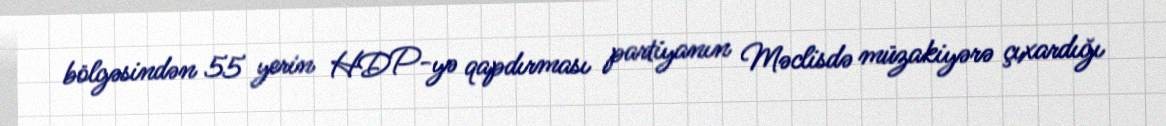
bölgəsindən 55 yerin HDP-yə qapdırması partiyanın Məclisdə müzakiyərə çıxardığı